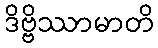
ဒိဗ္ဗိဿာမာတိ